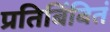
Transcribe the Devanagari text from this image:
प्रतिबिंबितं